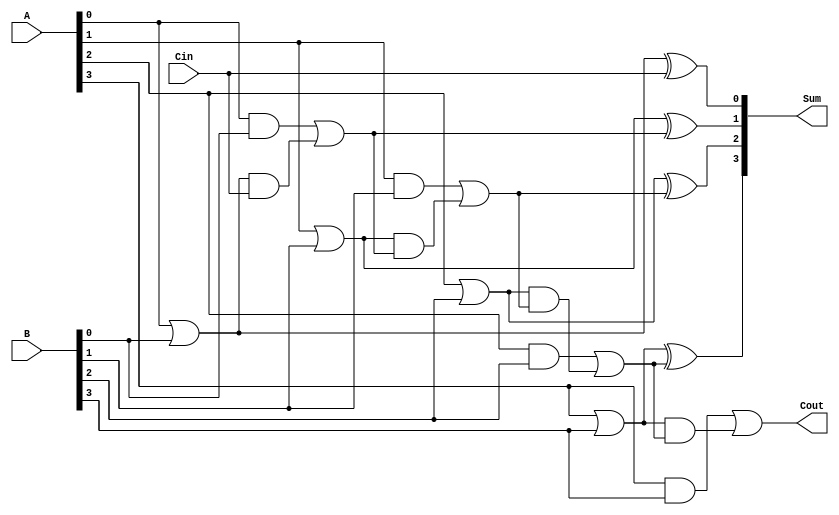
module CILA #(parameter n = 4) (
    input  [n-1:0] A,      // First operand
    input  [n-1:0] B,      // Second operand
    input         Cin,      // Carry input
    output [n-1:0] Sum,     // Sum output
    output        Cout      // Carry output
);

    // Generate and Propagate signals
    wire [n-1:0] G; // Generate signals
    wire [n-1:0] P; // Propagate signals
    wire [n:0] C;    // Carry signals

    // Generate and Propagate calculations
    genvar i;
    generate
        for (i = 0; i < n; i = i + 1) begin : gen_prop
            assign G[i] = A[i] & B[i];        // Generate
            assign P[i] = A[i] | B[i];        // Propagate
        end
    endgenerate

    // Carry calculations using lookahead logic
    assign C[0] = Cin; // Initial carry input
    generate
        for (i = 0; i < n; i = i + 1) begin : carry_gen
            if (i == 0) begin
                assign C[i + 1] = G[i] | (P[i] & C[i]);
            end else begin
                assign C[i + 1] = G[i] | (P[i] & C[i]);
            end
        end
    endgenerate

    // Sum calculation
    generate
        for (i = 0; i < n; i = i + 1) begin : sum_calc
            assign Sum[i] = P[i] ^ C[i]; // Sum
        end
    endgenerate

    // Final carry output
    assign Cout = C[n];

endmodule